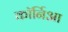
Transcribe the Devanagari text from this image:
कॉर्निआ